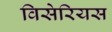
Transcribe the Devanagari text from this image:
विसेरियस